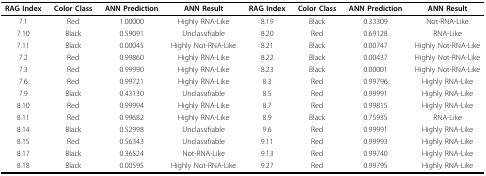
| RAG Index | Color Class | ANN Prediction | ANN Result | RAG Index | Color Class | ANN Prediction | ANN Result |
 | --- | --- | --- | --- | --- | --- | --- | --- |
 | 7.1 | Red | 1.00000 | Highly RNA-Like | 8.19 | Black | 0.33309 | Not-RNA-Like |
 | 7.10 | Black | 0.59091 | Unclassifiable | 8.20 | Red | 0.69128 | RNA-Like |
 | 7.11 | Black | 0.00045 | Highly Not-RNA-Like | 8.21 | Black | 0.00747 | Highly Not-RNA-Like |
 | 7.2 | Red | 0.99860 | Highly RNA-Like | 8.22 | Black | 0.00437 | Highly Not-RNA-Like |
 | 7.3 | Red | 0.99990 | Highly RNA-Like | 8.23 | Black | 0.00001 | Highly Not-RNA-Like |
 | 7.6 | Red | 0.99721 | Highly RNA-Like | 8.3 | Red | 0.99796 | Highly RNA-Like |
 | 7.9 | Black | 0.43130 | Unclassifiable | 8.5 | Red | 0.99991 | Highly RNA-Like |
 | 8.10 | Red | 0.99994 | Highly RNA-Like | 8.7 | Red | 0.99815 | Highly RNA-Like |
 | 8.11 | Red | 0.99682 | Highly RNA-Like | 8.9 | Black | 0.75935 | RNA-Like |
 | 8.14 | Black | 0.52998 | Unclassifiable | 9.6 | Red | 0.99991 | Highly RNA-Like |
 | 8.15 | Red | 0.56343 | Unclassifiable | 9.11 | Red | 0.99993 | Highly RNA-Like |
 | 8.17 | Black | 0.36524 | Not-RNA-Like | 9.13 | Red | 0.99740 | Highly RNA-Like |
 | 8.18 | Black | 0.00595 | Highly Not-RNA-Like | 9.27 | Red | 0.99795 | Highly RNA-Like |